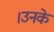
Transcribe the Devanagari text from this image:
।उनके